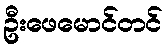
ဦးဖေမောင်တင်